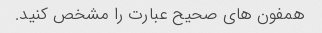
همفون های صحیح عبارت را مشخص کنید.